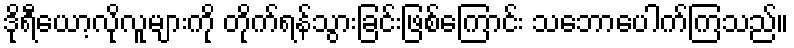
ဒိုရီယော့လိုလူများကို တိုက်ရန်သွားခြင်းဖြစ်ကြောင်း သဘောပေါက်ကြသည်။